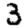
Digit: 3